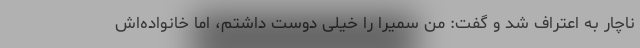
ناچار به اعتراف شد و گفت: من سمیرا را خیلی دوست داشتم، اما خانواده‌اش